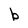
Character: b